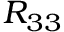
R _ { 3 3 }